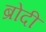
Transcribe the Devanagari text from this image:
ब्रोदी